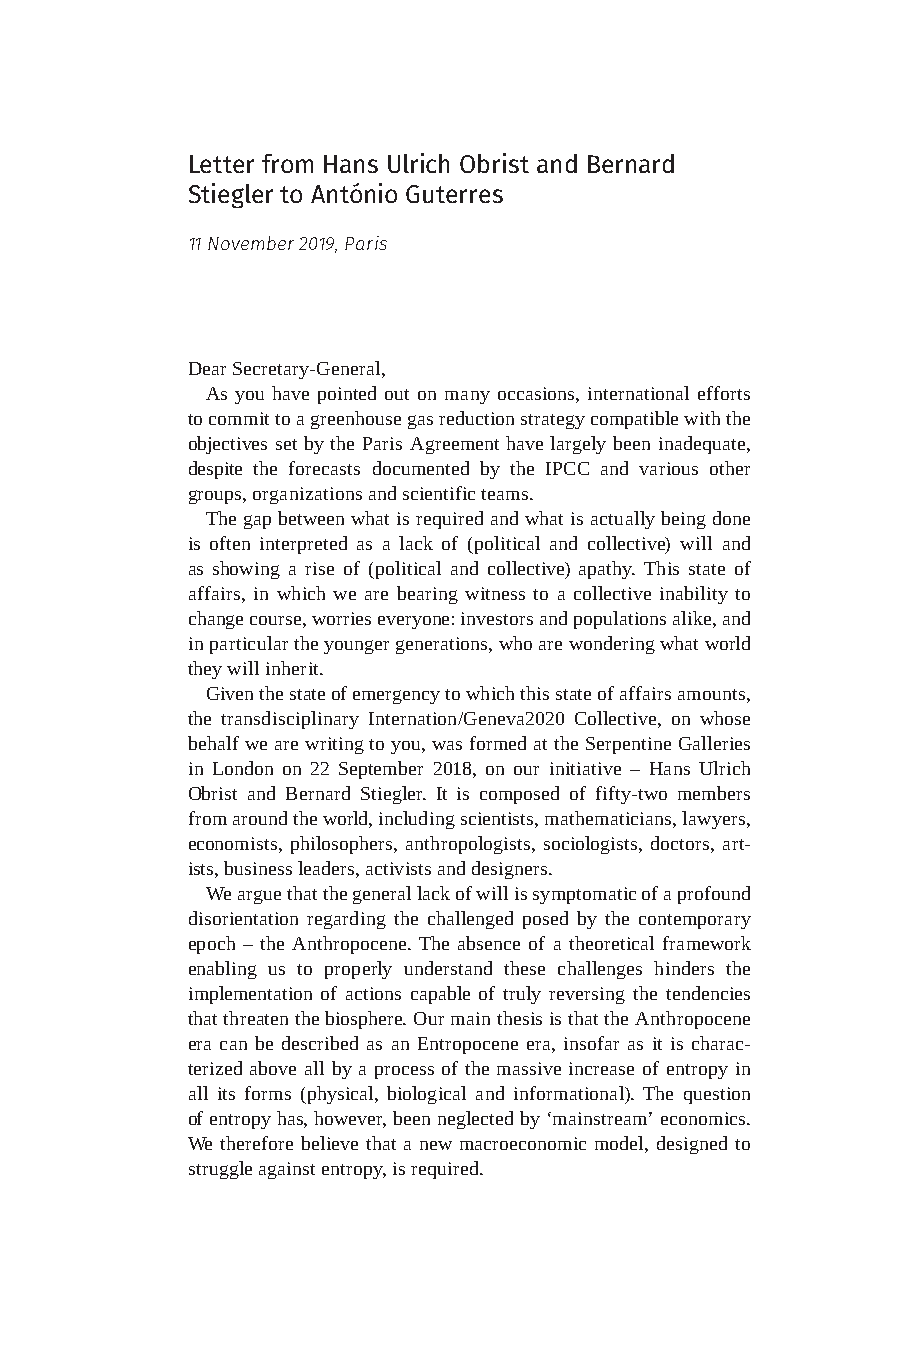
Letter from Hans Ulrich Obrist and Bernard
 Stiegler to António Guterres
 11 November 2019, Paris
 Dear Secretary-General,
 As you have pointed out on many occasions, international efforts
 to commit to a greenhouse gas reduction strategy compatible with the
 objectives set by the Paris Agreement have largely been inadequate,
 despite the forecasts documented by the IPCC and various other
 groups, organizations and scientific teams.
 The gap between what is required and what is actually being done
 is often interpreted as a lack of (political and collective) will and
 as showing a rise of (political and collective) apathy. This state of
 affairs, in which we are bearing witness to a collective inability to
 change course, worries everyone: investors and populations alike, and
 in particular the younger generations, who are wondering what world
 they will inherit.
 Given the state of emergency to which this state of affairs amounts,
 the transdisciplinary Internation/Geneva2020 Collective, on whose
 behalf we are writing to you, was formed at the Serpentine Galleries
 in London on 22 September 2018, on our initiative – Hans Ulrich
 Obrist and Bernard Stiegler. It is composed of fifty-two members
 from around the world, including scientists, mathematicians, lawyers,
 economists, philosophers, anthropologists, sociologists, doctors, art-
 ists, business leaders, activists and designers.
 We argue that the general lack of will is symptomatic of a profound
 disorientation regarding the challenged posed by the contemporary
 epoch – the Anthropocene. The absence of a theoretical framework
 enabling us to properly understand these challenges hinders the
 implementation of actions capable of truly reversing the tendencies
 that threaten the biosphere. Our main thesis is that the Anthropocene
 era can be described as an Entropocene era, insofar as it is charac-
 terized above all by a process of the massive increase of entropy in
 all its forms (physical, biological and informational). The question
 of entropy has, however, been neglected by ‘mainstream’ economics.
 We therefore believe that a new macroeconomic model, designed to
 struggle against entropy, is required.